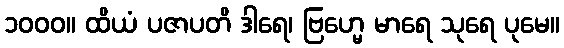
၁၀၀၀။ ထိယံ ပဇာပတိ ဒါရေ၊ ဗြဟ္မေ မာရေ သုရေ ပုမေ။